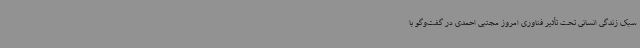
سبک زندگی انسانی تحت تأثیر فناوری امروز مجتبی احمدی در گفت‌وگو با